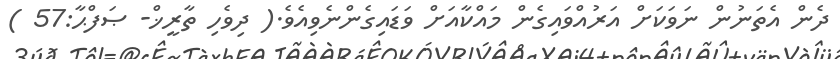
ދެން އެތަނުން ނަވަކަށް އަރުއްވައިގެން މައްކާއަށް ވަޑައިގެންނެވިއެވެ.( ދިވެހި ތާރީޚް- ޞަފްޙާ:57 )